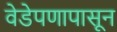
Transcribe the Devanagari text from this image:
वेडेपणापासून